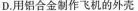
D.用铝合金制作飞机的外壳